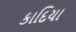
કાદિયા